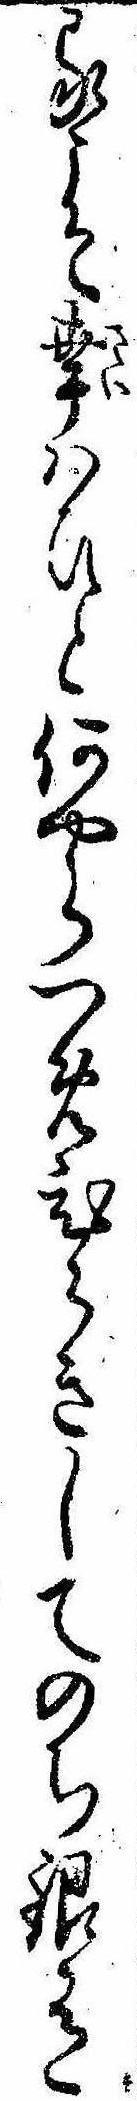
るこそ幸はひと何やらつめひらきしてのち銀有